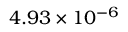
4 . 9 3 \times 1 0 ^ { - 6 }